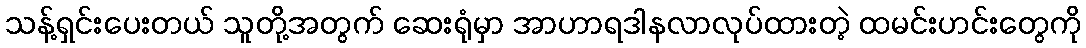
သန့်ရှင်းပေးတယ် သူတို့အတွက် ဆေးရုံမှာ အာဟာရဒါနလာလုပ်ထားတဲ့ ထမင်းဟင်းတွေကို